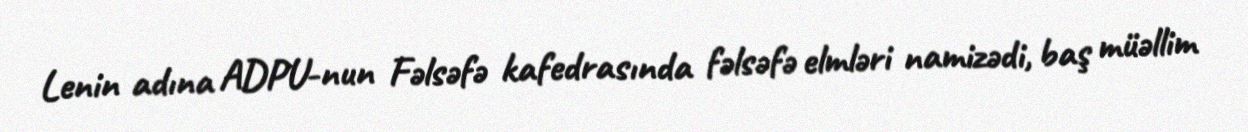
Lenin adına ADPU-nun Fəlsəfə kafedrasında fəlsəfə elmləri namizədi, baş müəllim